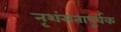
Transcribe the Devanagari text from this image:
नृशंसतापूर्वक